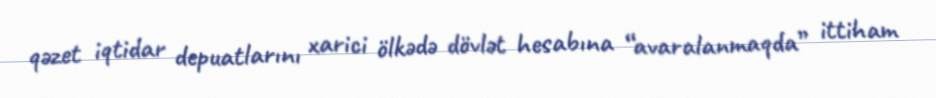
qəzet iqtidar depuatlarını xarici ölkədə dövlət hesabına “avaralanmaqda” ittiham